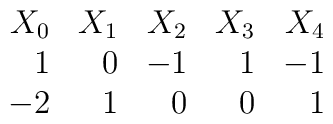
\begin{array}{rrrrr}X_{0} & X_{1} & X_{2} & X_{3} & X_{4}\cr1 & 0 & -1 & 1 & -1\cr-2 & 1 & 0 & 0 & 1\cr\end{array}